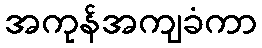
အကုန်အကျခံကာ